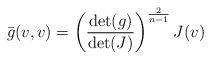
LaTeX: \begin{align*}\bar g(v,v)=\left(\frac{\det(g)}{\det(J)}\right)^{\frac{2}{n-1}} J(v)\end{align*}